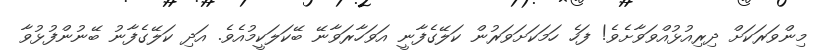
މިންވަރަކަށް ދިރިއުޅުއްވަވާށެވެ! ފަހެ ހަމަކަށަވަރުން ކަލޭގެފާނީ އަވަހާރަވާނޭ ބޭކަލަކީމުއެވެ. އަދި ކަލޭގެފާނު ބޭނުންފުޅުވާ